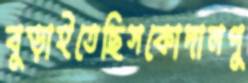
বুড়াইতেছিসকোদালপু